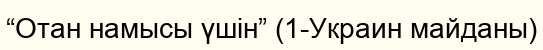
“Отан намысы үшін” (1-Украин майданы)